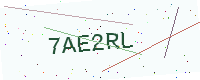
Text: 7AE2RL